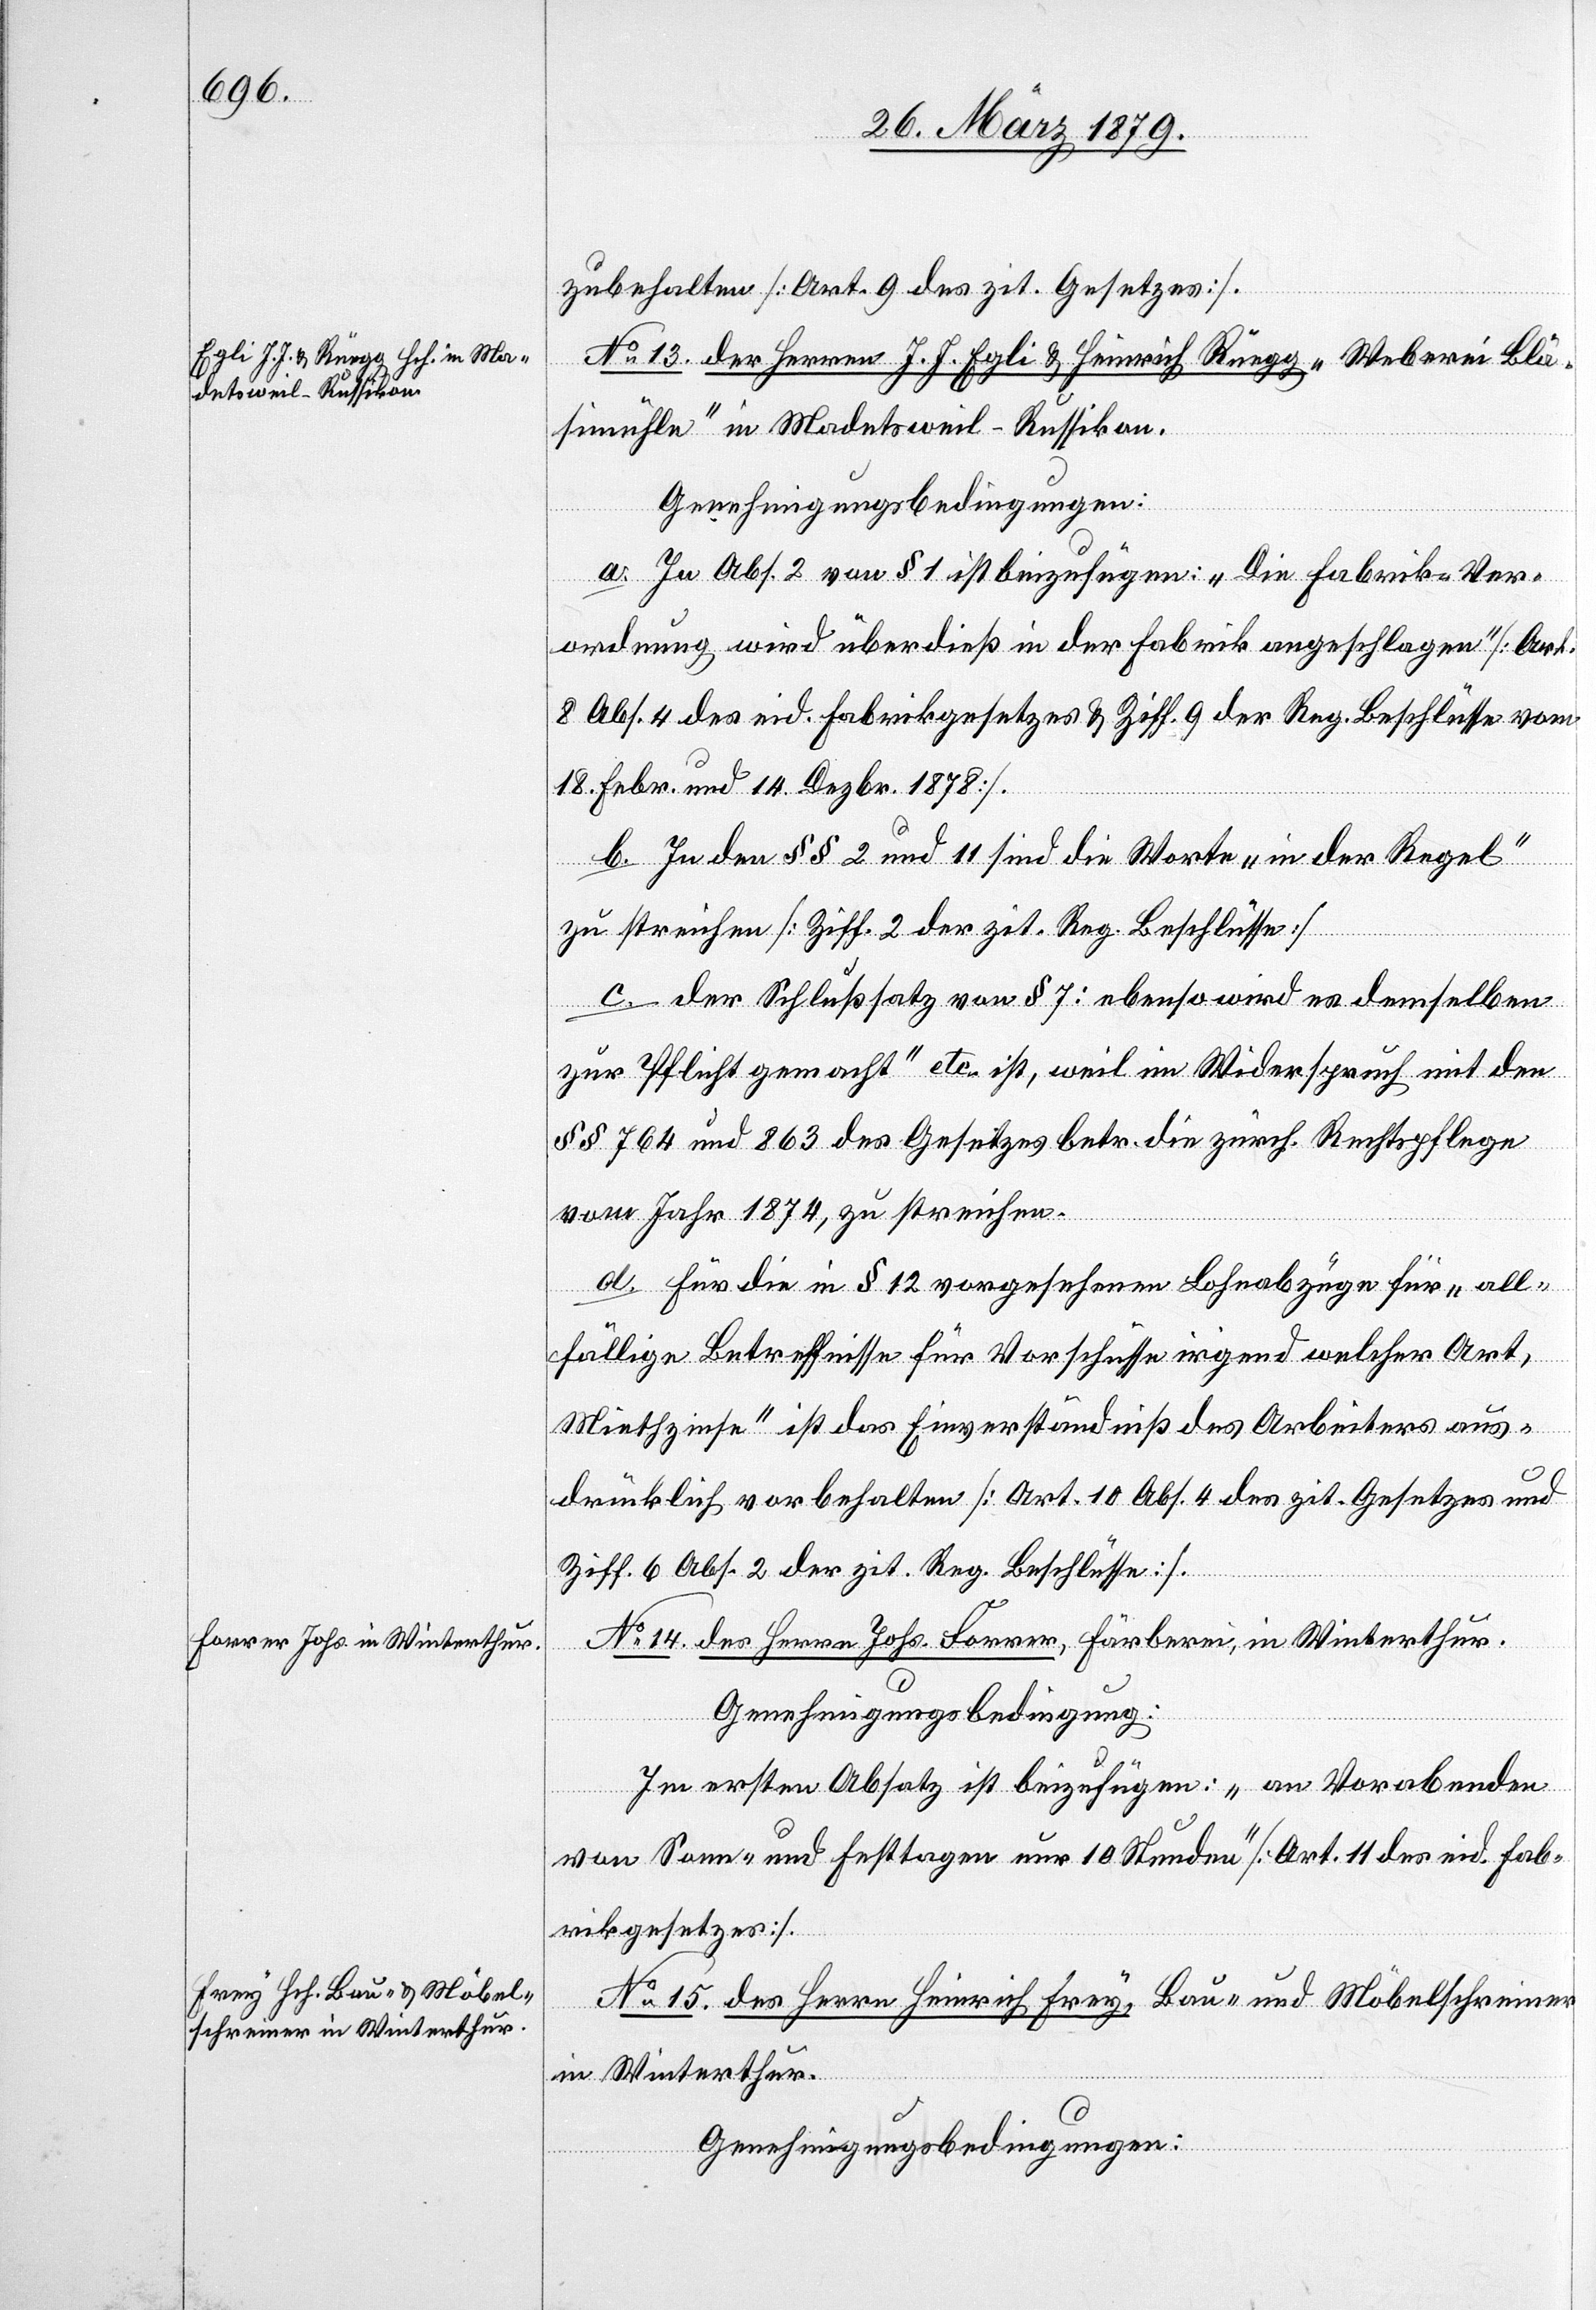
zubehalten [Art. 9 des zit. Gesetzes].
No 13. der Herren J. J. Egli & Heinrich Rüegg, „Weberei Blä¬
simühle“ in Madetsweil - Russikon.
Genehmigungsbedingungen:
a. In Abs. 2 von § 1 ist bezufügen: „Die Fabrik-Ver¬
ordnung wird überdieß in der Fabrik angeschlagen“ [Art.
8 Abs. 4 des eid. Fabrikgesetzes & Ziff. 9 der Reg. Beschlüsse vom
18. Febr. & 14. Dezbr. 1878].
b. In den §§ 2 und 11 sind die Worte „in der Regel“
zu streichen [Ziff. 2 der zit. Reg. Beschlüsse].
c. Der Schlußsatz von § 7: „ebenso wird es demselben
zur Pflicht gemacht“ etc. ist, weil im Widerspruch mit den
§§ 764 und 863 des Gesetzes betr. die zürch. Rechtspflege
vom Jahre 1874, zu streichen.
d. Für die in § 12 vorgesehenen Lohnabzüge für „all¬
fällige Betreffnisse für Vorschüsse irgend welcher Art,
Miethzinse“ ist das Einverständniß des Arbeiters aus¬
drücklich vorbehalten [Art. 10 Abs. 4 des zit. Gesetzes und
Ziff. 6 Abs. 2 der zit. Reg. Beschlüsse].
No 14. des Herrn Johs. Forrer, Färberei, in Winterthur.
Genehmigungsbedingung:
Im ersten Absatz ist beizufügen: „an Vorabenden
von Sonn- und Festtagen nur 10 Stunden‟ [Art. 11 des eid. Fab¬
rikgesetzes].
No 15. des Herrn Heinrich Frey, Bau- und Möbelschreiner
in Winterthur.
Genehmigungsbedingungen: